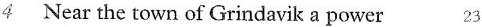
4 Near the to unne a' rindavik a power 23